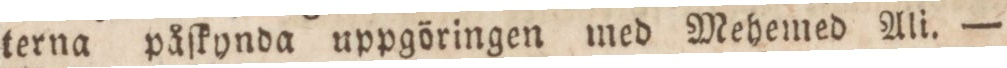
terna påſkynda uppgöringen med Mehemed Ali. —